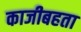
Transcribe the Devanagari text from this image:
काजीबहता